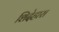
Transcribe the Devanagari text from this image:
शिदेहारा